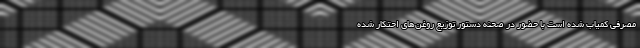
مصرفی کمیاب شده است با حضور در صحنه دستور توزیع روغن‌های احتکار شده